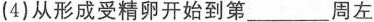
(4)从形成受精卵开始到第 ___ 周左